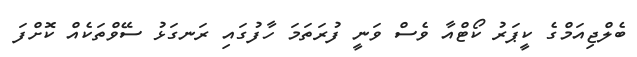
ބެލްޖިއަމްގެ ކީޕަރު ކޯޓްއާ ވެސް ވަނީ ފުރަތަމަ ހާފުގައި ރަނގަޅު ސޭވްތަކެއް ކޮށްފަ